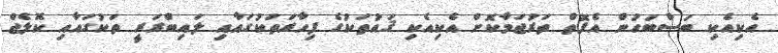
އެކިއެކި ބަސްބަހުން އެފޮތް ތަރުޖަމާކޮށް އެކިއެކި ޤައުތަކުގެ ފިހާރަތަކުގައާއި ލައިބްރަރީ ތަކުގައާއި ކޮލެޖް